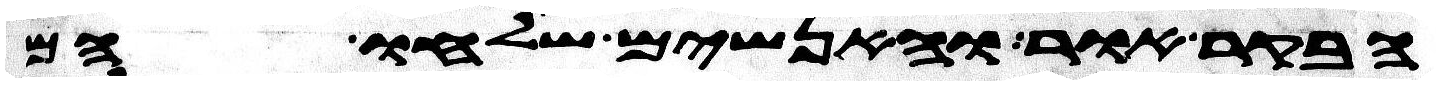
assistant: הבקר אור והאנשים שלחו הם